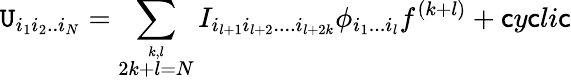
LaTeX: \mathtt{U}_{i_{1}i_{2}..i_{N}}=\sum_{\stackrel{k,l}{2k+l=N}}I_{i_{l+1}i_{l+2}....i_{l+2k}}\phi_{i_{1}...i_{l}}f^{(k+l)}+\mathsf{c}y\mathsf{c}li\mathsf{c}